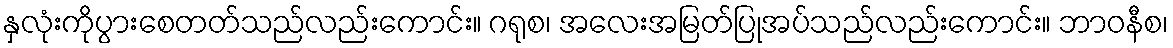
နှလုံးကိုပွားစေတတ်သည်လည်းကောင်း။ ဂရုစ၊ အလေးအမြတ်ပြုအပ်သည်လည်းကောင်း။ ဘာဝနီစ၊